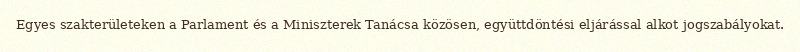
Egyes szakterületeken a Parlament és a Miniszterek Tanácsa közösen, együttdöntési eljárással alkot jogszabályokat.